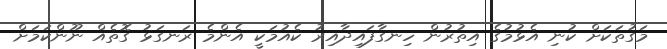
މަގުތަކަށް ކުނި އެޅުމުގެ އިތުރުން ހިނގާފައިދާއިރު ކެއުމަކީ އެންމެ ރަނގަޅު ގޮތެއް ނޫންކަމަށް